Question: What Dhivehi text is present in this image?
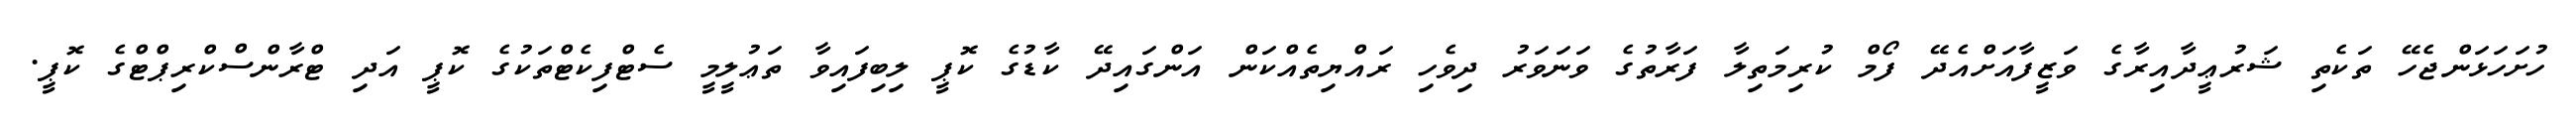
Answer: ހުށަހަޅަންޖެހޭ ތަކެތި ޝަރުޢީދާއިރާގެ ވަޒީފާއަށްއެދޭ ފޯމް ކުރިމަތިލާ ފަރާތުގެ ވަނަވަރު ދިވެހި ރައްޔިތެއްކަން އަންގައިދޭ ކާޑުގެ ކޮޕީ ލިބިފައިވާ ތަޢުލީމީ ސެޓްފިކެޓްތަކުގެ ކޮޕީ އަދި ޓްރާންސްކްރިޕްޓްގެ ކޮޕީ.